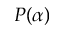
P ( \alpha )